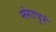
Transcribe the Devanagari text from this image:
मंगापुरं